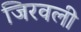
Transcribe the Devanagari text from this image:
जिरवली